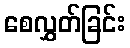
စေလွှတ်ခြင်း